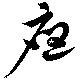
応